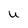
Character: U